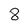
Character: 8